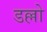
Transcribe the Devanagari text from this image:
डल्लो